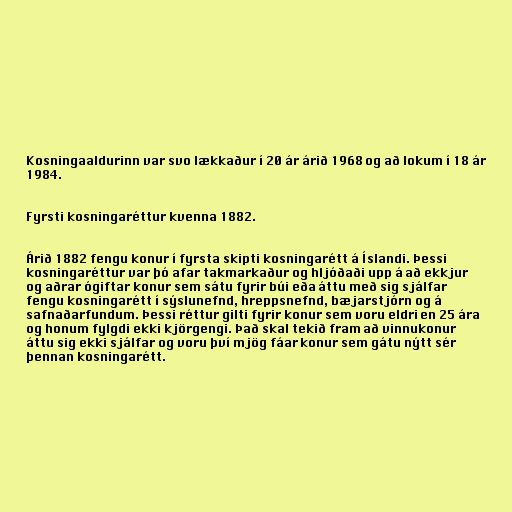
Kosningaaldurinn var svo lækkaður í 20 ár árið 1968 og að lokum í 18 ár
1984.

Fyrsti kosningaréttur kvenna 1882.

Árið 1882 fengu konur í fyrsta skipti kosningarétt á Íslandi. Þessi
kosningaréttur var þó afar takmarkaður og hljóðaði upp á að ekkjur
og aðrar ógiftar konur sem sátu fyrir búi eða áttu með sig sjálfar
fengu kosningarétt í sýslunefnd, hreppsnefnd, bæjarstjórn og á
safnaðarfundum. Þessi réttur gilti fyrir konur sem voru eldri en 25 ára
og honum fylgdi ekki kjörgengi. Það skal tekið fram að vinnukonur
áttu sig ekki sjálfar og voru því mjög fáar konur sem gátu nýtt sér
þennan kosningarétt.